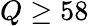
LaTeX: Q\geq 58